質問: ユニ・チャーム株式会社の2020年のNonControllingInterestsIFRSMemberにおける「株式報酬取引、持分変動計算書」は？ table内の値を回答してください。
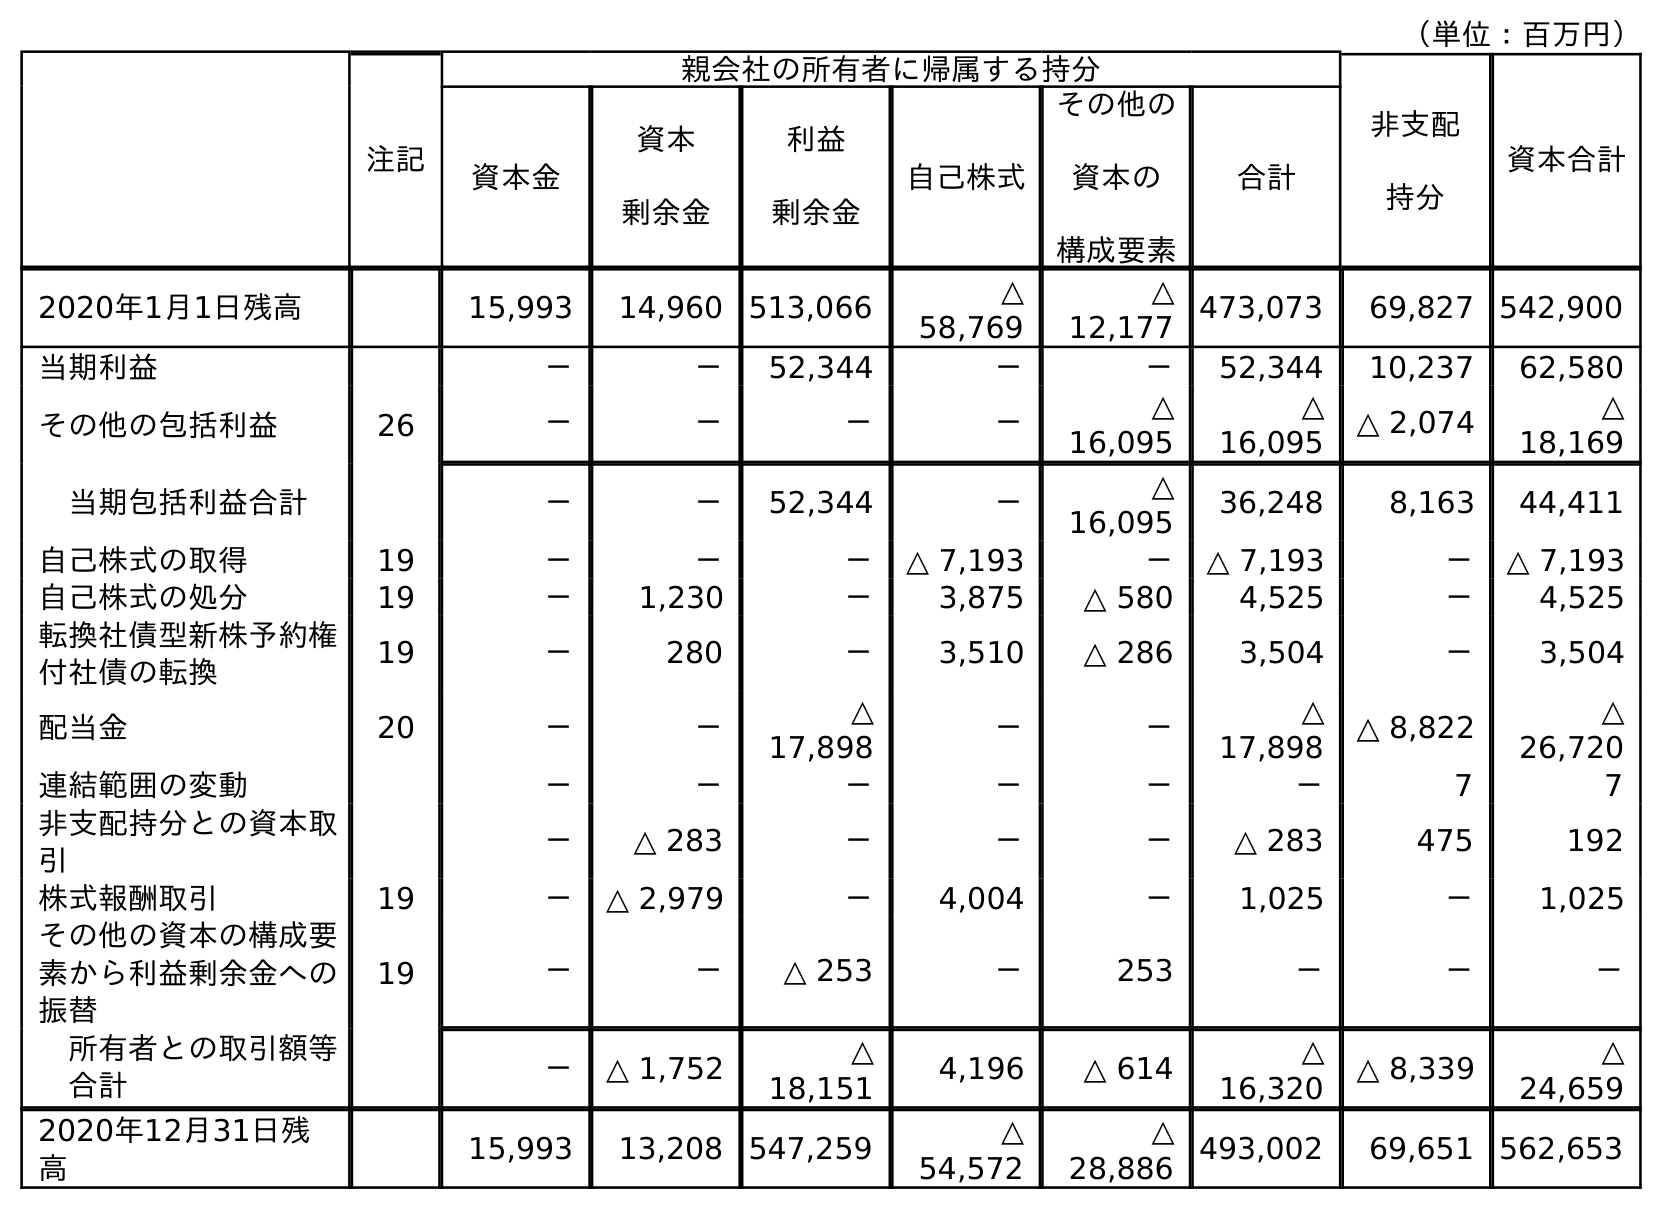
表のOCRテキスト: （単位：百万円） 注記 親会社の所有者に帰属する持分 非支配 持分 資本合計 資本金 資本 剰余金 利益 剰余金 自己株式 その他の 資本の 構成要素 合計 2020年1月1日残高 15,993 14,960 513,066 △ 58,769 △ 12,177 473,073 69,827 542,900 当期利益 － － 52,344 － － 52,344 10,237 62,580 その他の包括利益 26 － － － － △ 16,095 △ 16,095 △ 2,074 △ 18,169 当期包括利益合計 － － 52,344 － △ 16,095 36,248 8,163 44,411 自己株式の取得 19 － － － △ 7,193 － △ 7,193 － △ 7,193 自己株式の処分 19 － 1,230 － 3,875 △ 580 4,525 － 4,525 転換社債型新株予約権 付社債の転換 19 － 280 － 3,510 △ 286 3,504 － 3,504 配当金 20 － － △ 17,898 － － △ 17,898 △ 8,822 △ 26,720 連結範囲の変動 － － － － － － 7 7 非支配持分との資本取 引 － △ 283 － － － △ 283 475 192 株式報酬取引 19 － △ 2,979 － 4,004 － 1,025 － 1,025 その他の資本の構成要 素から利益剰余金への 振替 19 － － △ 253 － 253 － － － 所有者との取引額等 合計 － △ 1,752 △ 18,151 4,196 △ 614 △ 16,320 △ 8,339 △ 24,659 2020年12月31日残 高 15,993 13,208 547,259 △ 54,572 △ 28,886 493,002 69,651 562,653
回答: －